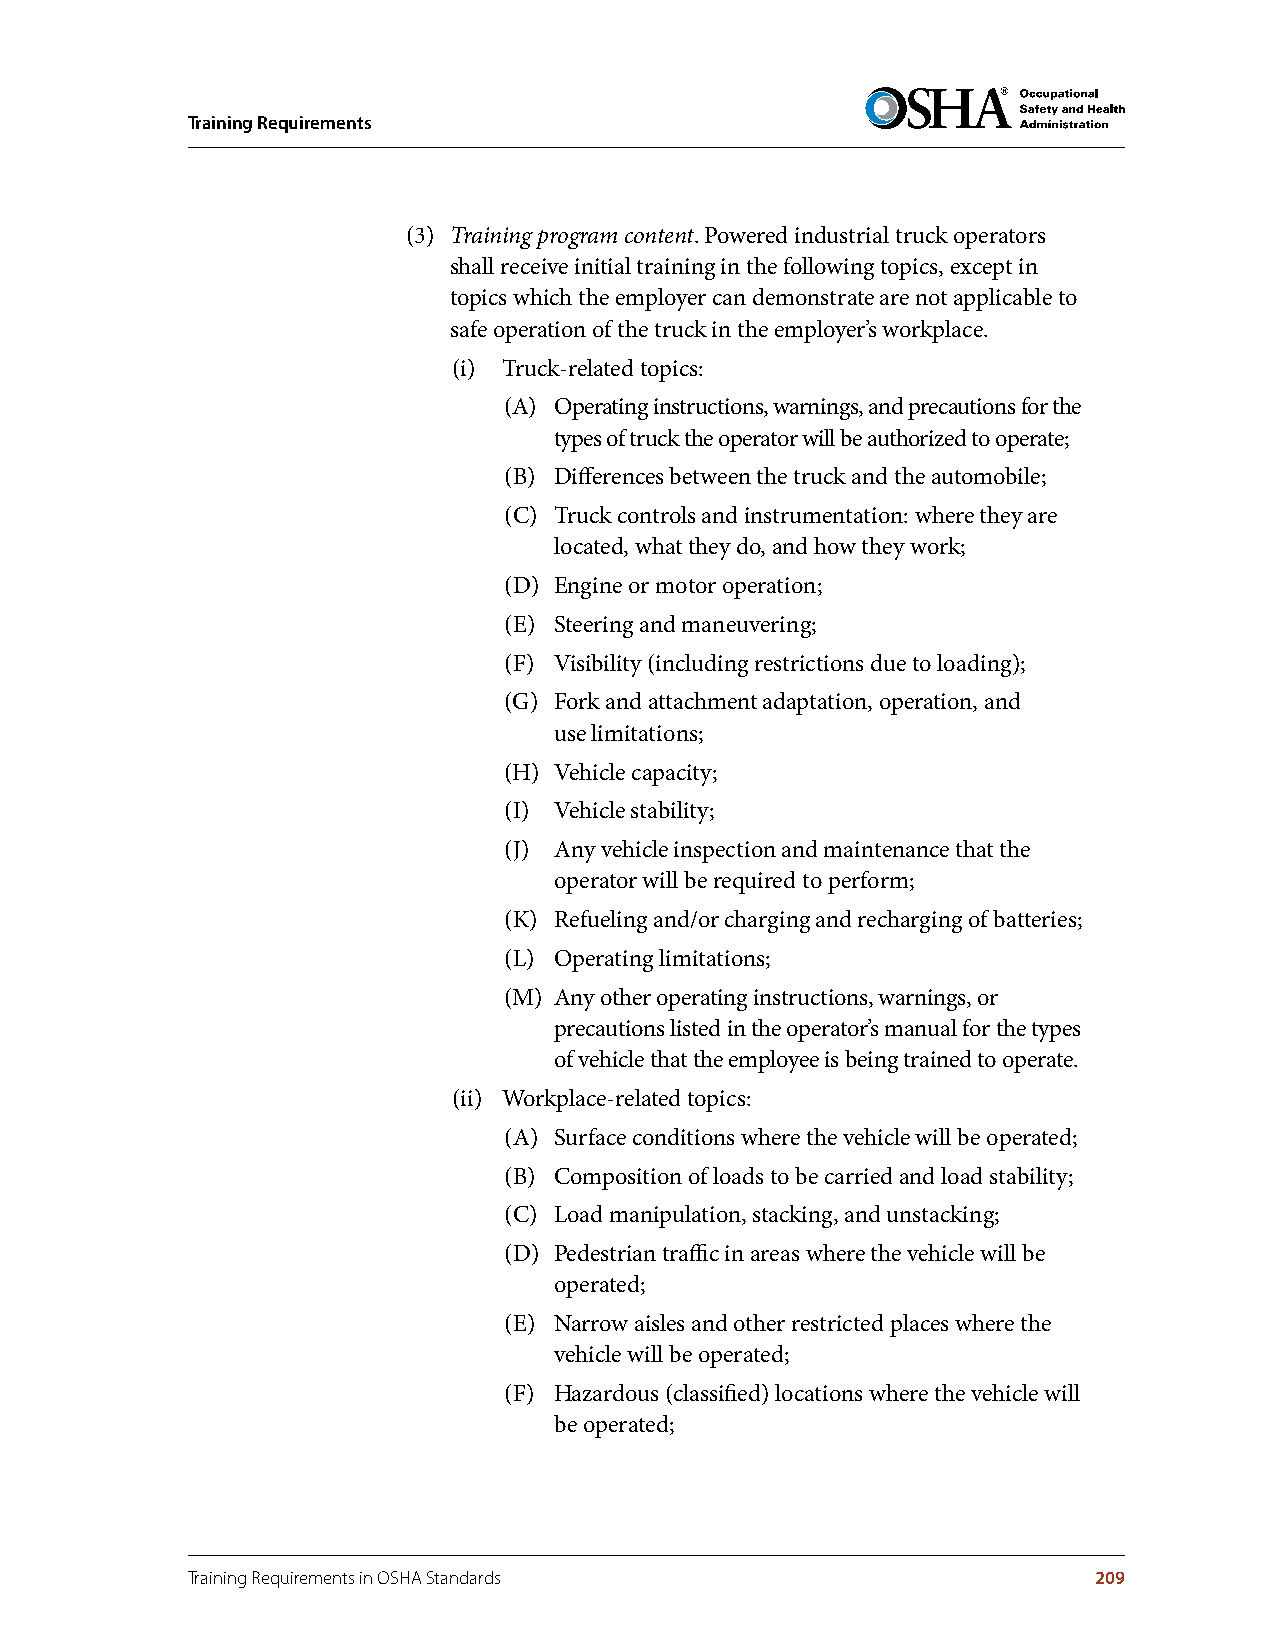
Training Requirements
 (3) Training program content. Powered industrial truck operators
 shall receive initial training in the following topics, except in
 topics which the employer can demonstrate are not applicable to
 safe operation of the truck in the employer’s workplace.
 (i) Truck-related topics:
 (A) Operating instructions, warnings, and precautions for the
 types of truck the operator will be authorized to operate;
 (B) Differences between the truck and the automobile;
 (C) Truck controls and instrumentation: where they are
 located, what they do, and how they work;
 (D) Engine or motor operation;
 (E) Steering and maneuvering;
 (F) Visibility (including restrictions due to loading);
 (G) Fork and attachment adaptation, operation, and
 use limitations;
 (H) Vehicle capacity;
 (I) Vehicle stability;
 (J) Any vehicle inspection and maintenance that the
 operator will be required to perform;
 (K) Refueling and/or charging and recharging of batteries;
 (L) Operating limitations;
 (M) Any other operating instructions, warnings, or
 precautions listed in the operator’s manual for the types
 of vehicle that the employee is being trained to operate.
 (ii) Workplace-related topics:
 (A) Surface conditions where the vehicle will be operated;
 (B) Composition of loads to be carried and load stability;
 (C) Load manipulation, stacking, and unstacking;
 (D) Pedestrian traffic in areas where the vehicle will be
 operated;
 (E) Narrow aisles and other restricted places where the
 vehicle will be operated;
 (F) Hazardous (classified) locations where the vehicle will
 be operated;
 Training Requirements in OSHA Standards                     209